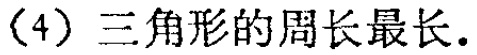
(4) 三角形的周长最长.